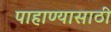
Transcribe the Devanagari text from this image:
पाहाण्यासाठी